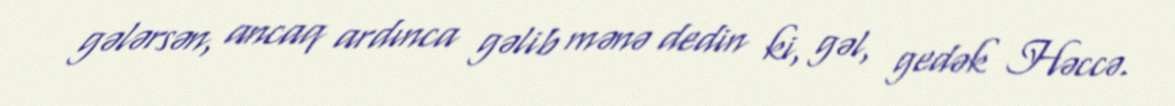
gələrsən, ancaq ardınca gəlib mənə dedin ki, gəl, gedək Həccə.